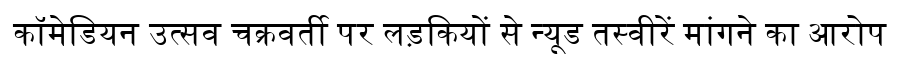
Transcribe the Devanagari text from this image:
कॉमेडियन उत्सव चक्रवर्ती पर लड़कियों से न्यूड तस्वीरें मांगने का आरोप